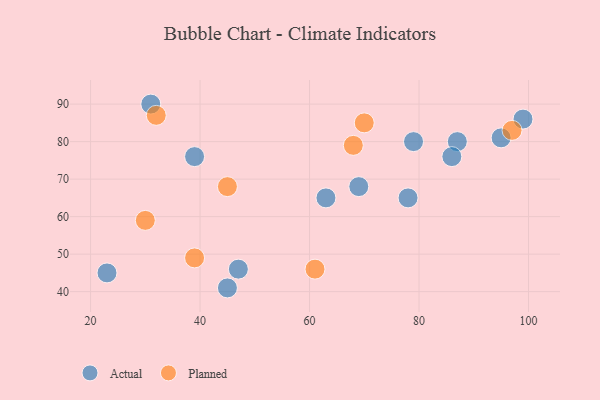
{"axis": {"x": "GDP", "y": "Life Expectancy"}, "legend": ["Actual", "Planned"], "data": [{"x": "23", "y": 45, "type": "Actual"}, {"x": "79", "y": 80, "type": "Actual"}, {"x": "87", "y": 80, "type": "Actual"}, {"x": "39", "y": 76, "type": "Actual"}, {"x": "63", "y": 65, "type": "Actual"}, {"x": "78", "y": 65, "type": "Actual"}, {"x": "95", "y": 81, "type": "Actual"}, {"x": "99", "y": 86, "type": "Actual"}, {"x": "31", "y": 90, "type": "Actual"}, {"x": "69", "y": 68, "type": "Actual"}, {"x": "45", "y": 41, "type": "Actual"}, {"x": "47", "y": 46, "type": "Actual"}, {"x": "86", "y": 76, "type": "Actual"}, {"x": "68", "y": 79, "type": "Planned"}, {"x": "97", "y": 83, "type": "Planned"}, {"x": "70", "y": 85, "type": "Planned"}, {"x": "32", "y": 87, "type": "Planned"}, {"x": "30", "y": 59, "type": "Planned"}, {"x": "39", "y": 49, "type": "Planned"}, {"x": "61", "y": 46, "type": "Planned"}, {"x": "45", "y": 68, "type": "Planned"}]}